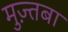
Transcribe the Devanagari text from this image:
मुज़्तबा